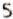
5